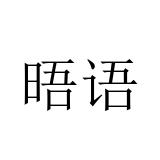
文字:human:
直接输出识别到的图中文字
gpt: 晤语